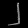
Digit: ၂